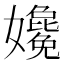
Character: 𡤎